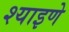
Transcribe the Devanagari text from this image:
श्याइणे